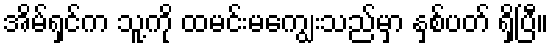
အိမ်ရှင်က သူ့ကို ထမင်းမကျွေးသည်မှာ နှစ်ပတ် ရှိပြီ။